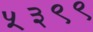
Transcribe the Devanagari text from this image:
५३९९